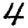
Digit: 4